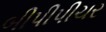
બીપીપીચર